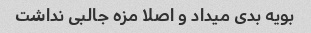
بویه بدی میداد و اصلا مزه جالبی نداشت